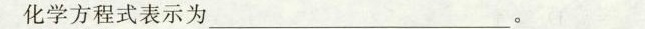
化学方程式表示为____。